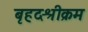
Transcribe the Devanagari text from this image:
बृहदश्रीक्रम